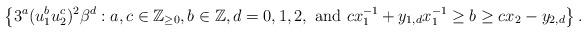
LaTeX: \begin{align*}\left\{3^a(u_1^b u_2^c)^2\beta^d:a,c\in\mathbb{Z}_{\geq0},b\in\mathbb{Z},d=0,1,2,\textnormal{ and }cx_1^{-1}+y_{1,d}x_1^{-1}\geq b\geq cx_2-y_{2,d}\right\}.\end{align*}